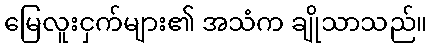
မြေလူးငှက်များ၏ အသံက ချိုသာသည်။